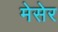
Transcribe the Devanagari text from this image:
मेसेर